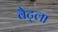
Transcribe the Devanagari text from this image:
वैट्ला